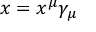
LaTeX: x = x ^ { \mu } \gamma _ { \mu }